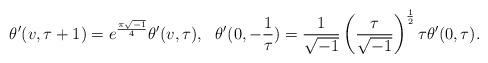
LaTeX: \begin{align*}\theta'(v,\tau+1)=e^{\frac{\pi\sqrt{-1}}{4}}\theta'(v,\tau),~~ \theta'(0,-\frac{1}{\tau})=\frac{1}{\sqrt{-1}}\left(\frac{\tau}{\sqrt{-1}}\right)^{\frac{1}{2}}\tau\theta'(0,\tau).\end{align*}